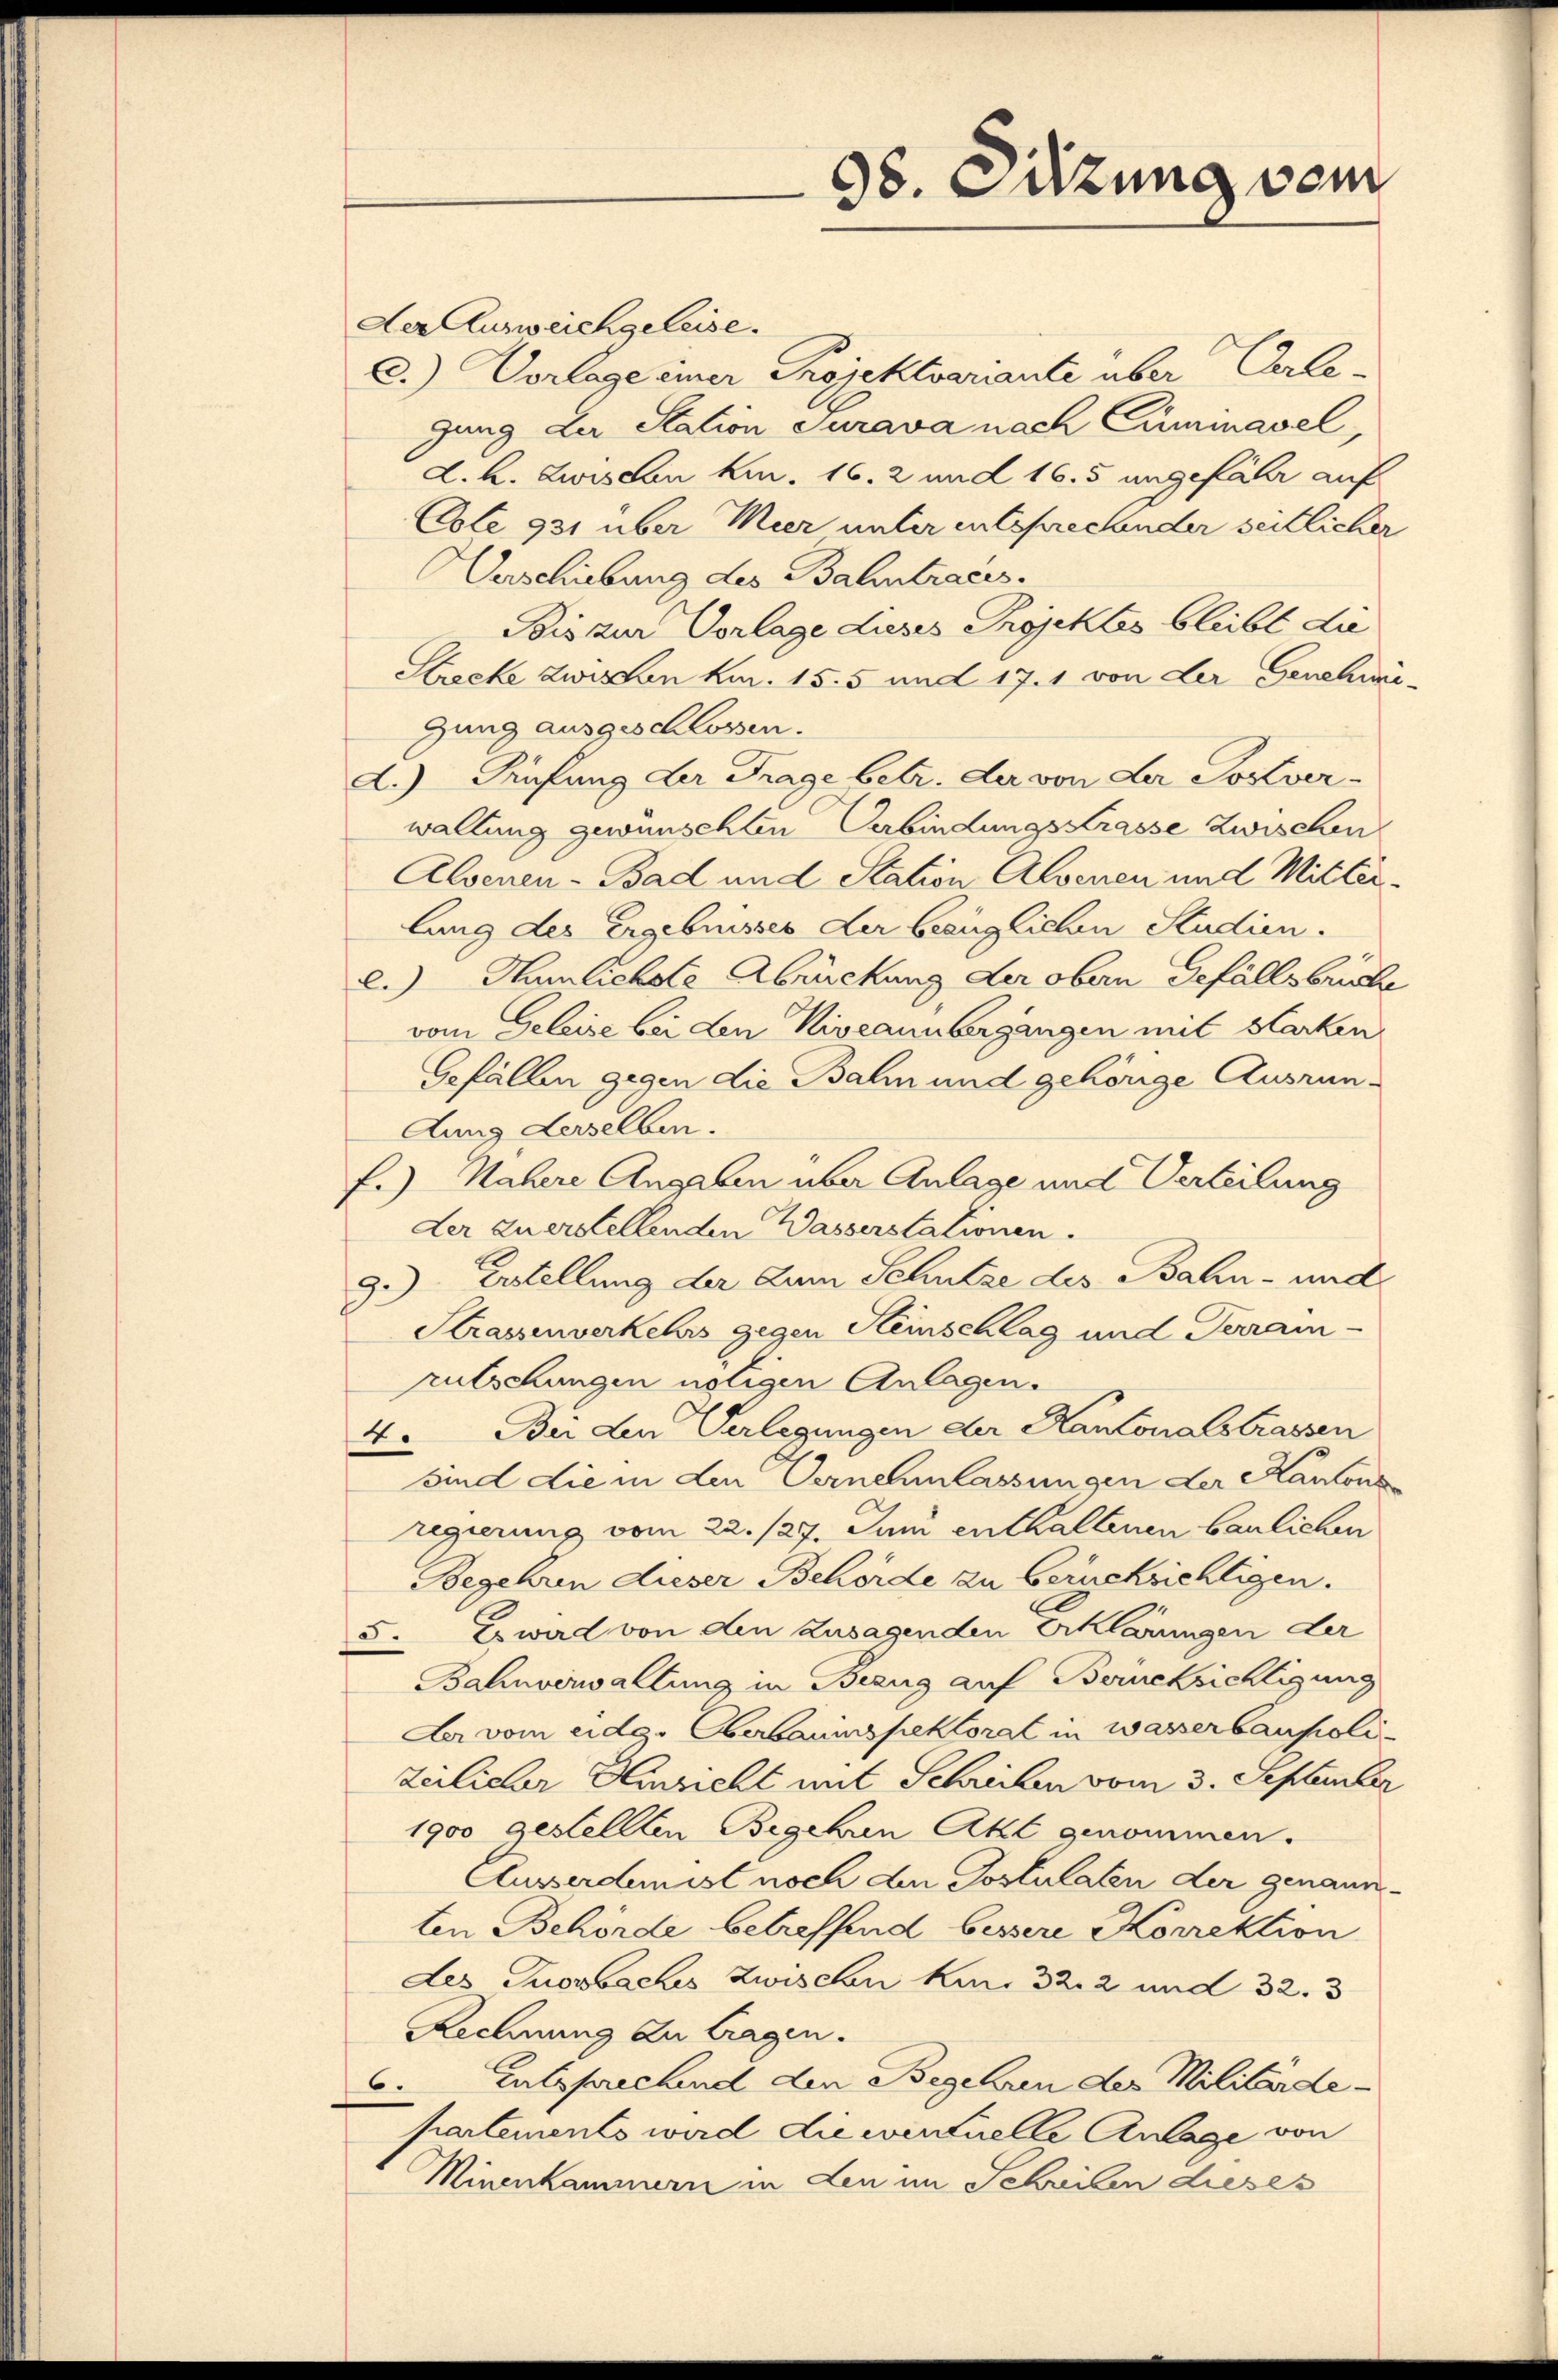
Der Ausweichgeleise.

98. Sitzung vom

C.) Vorlage einer Projektvariante über Erlegung der Station Turava nach Cümmavel,
d. h. Zwischen kn. 16. 2 und 16. 5 ungefähr auf
Esle 931 über Meer unter entsprechender seitlicher
Verschiebung des Bahntraces.
Bis zur Vorlage dieses Projektes bleibt die
Strecke zwischen kan. 15. 5 und 17. 1 von der Genehmi-
gung ausgeschlossen.
d.) Prüfung der Frage betr. der von der Postverwallung gewünschten Verbindungs Krasse zwischen
Alsenen - Bad und Station Alsenen und Mitter-
lung des Ergebnisses der bezüglichen Studien.
2.) Humlichste Abrückung der obern Gefällsbrude
vom Geleise bei den Niveannbergangen mit starken
Gefällen gegen die Balm und gehörige Ausrun¬
Aung derselben.
f.) Nähere Angaben über Anlage und Verteilung
der zuerstellenden Wasserstationen.
Erstellung der zum Schutze des Bahn- und
.
g
1.
Strassenverkehrs gegen Steinschlag und Terrain-
rutschungen nötigen Anlagen.
4. Bei den Verlegungen der Kantonalstrassen
sind die in den Vernehmlassungen der Kantons
regierung vom 22. 127. Juni enthaltenen baulichen
Begehren dieser Behörde zu berücksichtigen.
5. Es ward von den Zusagenden Erklärungen der
Bahnverwaltung in Bezug auf Berücksichtigung
Der vom eidg. Oberbaumspektorat in wasserbaupolizeilicher Hinsicht mit Schrieben vom 3. September
1900 gestellten Begehren Akt genommen.
Ausserdinist noch den Postulaten der genannten Behörde betreffend bessere Korrektion
Les Thorbaches Zwischen Kur 32. 2 und 32. 3
Rechnung zu tragen.
6. Entsprechend den Begehren der Militärde-
partements wird die eventuelle Anlage von
Minenkammern in den im Schreiben dieses